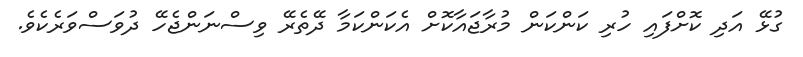
ގުޅޭ އަދި ކޮށްފައި ހުރި ކަންކަން މުރާޖައާކޮށް އެކަންކަމާ ދޭތެރޭ ވިސްނަންޖެހޭ ދުވަސްވަރެކެވެ.